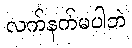
လက်နက်မပါဘဲ